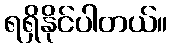
ရရှိနိုင်ပါတယ်။